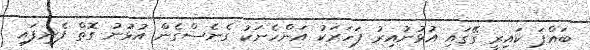
ބައްޕަ ކައިރީ ގޭގައި އުޅުނުއިރު ފަހަރަކު އަންހެނަކު ގެނެސްގެން އުޅުނު ގޮތް ފެނިފައި